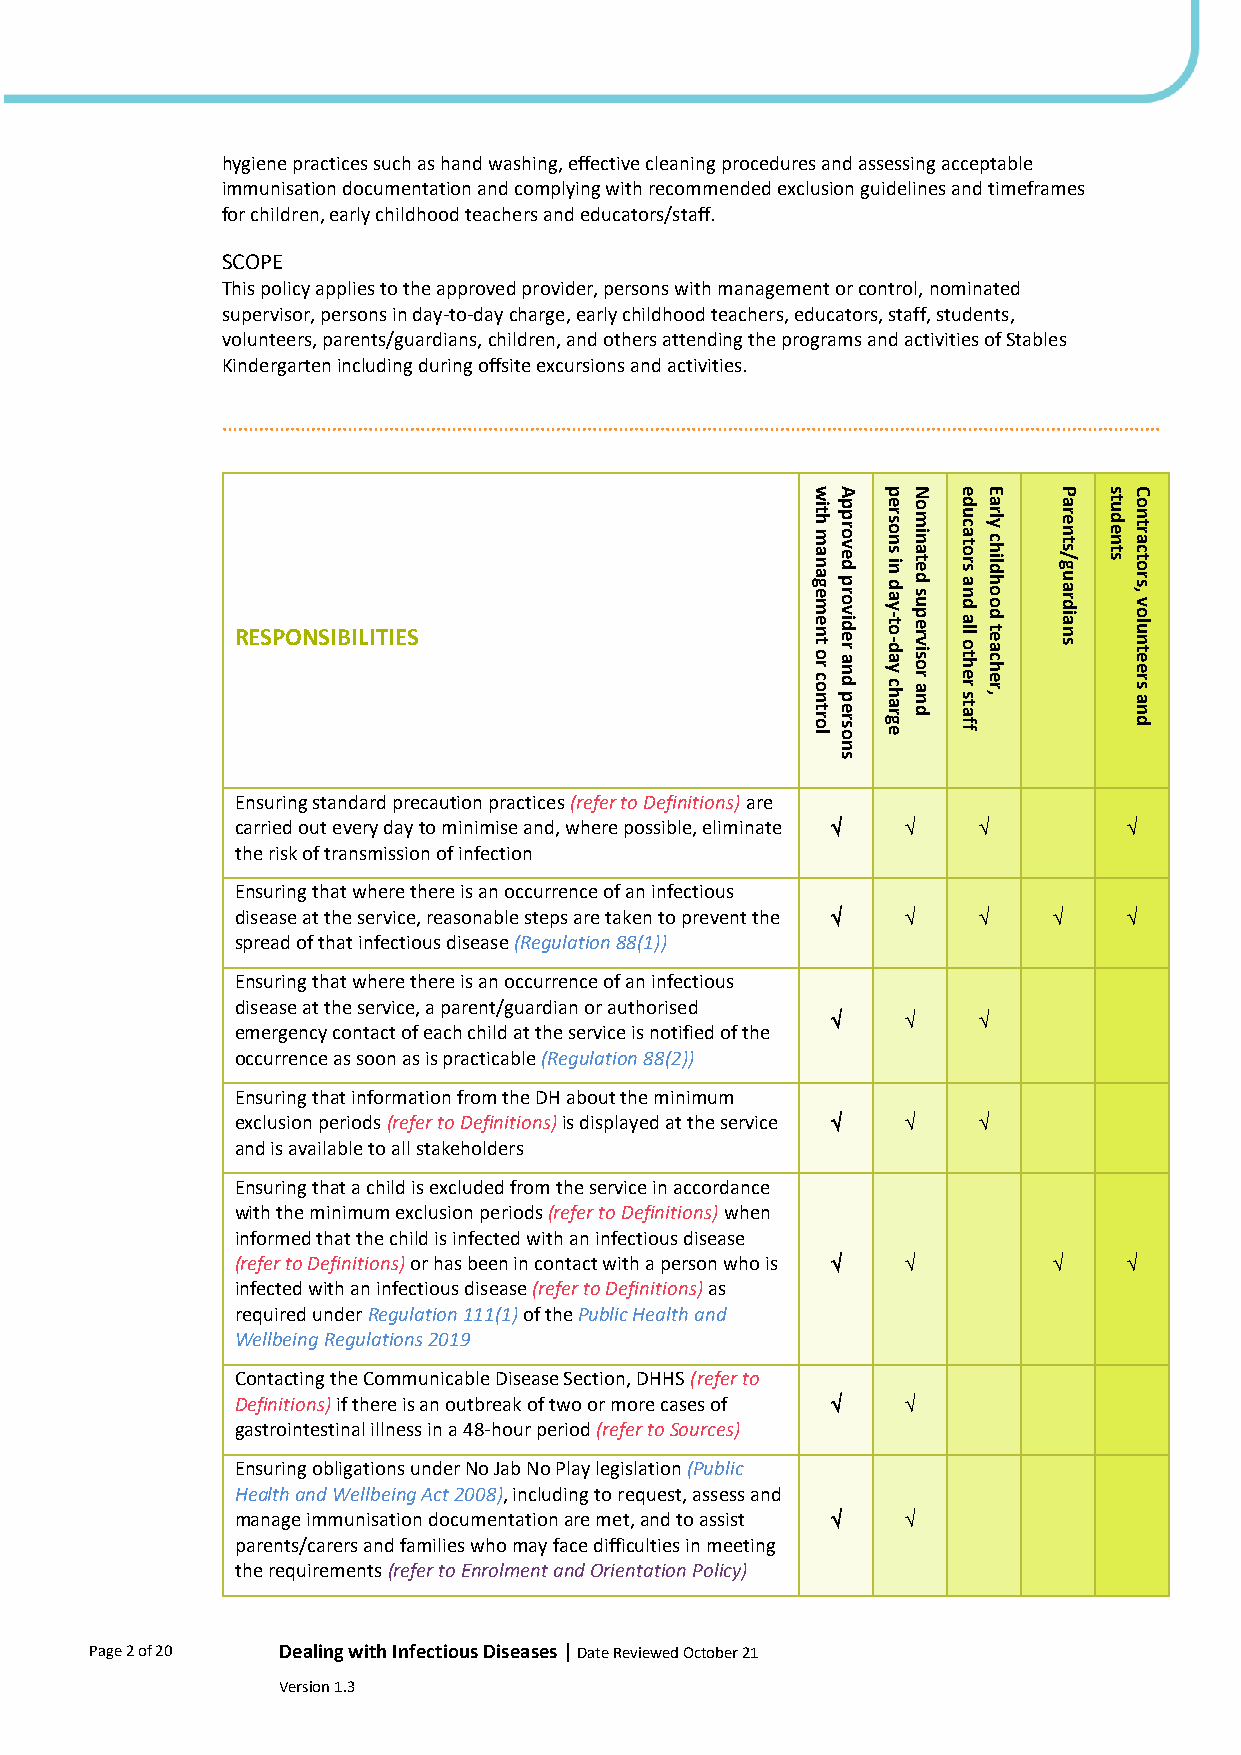
hygiene practices such as hand washing, effective cleaning procedures and assessing acceptable
 immunisation documentation and complying with recommended exclusion guidelines and timeframes
 for children, early childhood teachers and educators/staff.
 SCOPE
 This policy applies to the approved provider, persons with management or control, nominated
 supervisor, persons in day-to-day charge, early childhood teachers, educators, staff, students,
 volunteers, parents/guardians, children, and others attending the programs and activities of Stables
 Kindergarten including during offsite excursions and activities.
 wA  pN   eE     P  sC
 RESPONSIBILITIES                      it h m a n a g e m e n t o r c o
 n t r o
 lp p r o v e d p r o v id e r a n d
 p e r s o
 n
 -t -d oe a yr s co hn as
 r
 i gn
 e
 d a ys uo pm e rin va ist oe rd a
 n d
 d u c a t o r s a n d a ll o t h e r
 s t a f
 fa r ly c h ild h o o d t e a c h e r
 ,
 a r e n t s / g u a r d ia n s t u d e n t so n t r a c t o r s , v o lu n t e e r s
 a n d
 s
 Ensuring standard precaution practices (refer to Definitions) are
 carried out every day to minimise and, where possible, eliminate    
 the risk of transmission of infection
 Ensuring that where there is an occurrence of an infectious
 disease at the service, reasonable steps are taken to prevent the     
 spread of that infectious disease (Regulation 88(1))
 Ensuring that where there is an occurrence of an infectious
 disease at the service, a parent/guardian or authorised
         
 emergency contact of each child at the service is notified of the
 occurrence as soon as is practicable (Regulation 88(2))
 Ensuring that information from the DH about the minimum
 exclusion periods (refer to Definitions) is displayed at the service   
 and is available to all stakeholders
 Ensuring that a child is excluded from the service in accordance
 with the minimum exclusion periods (refer to Definitions) when
 informed that the child is infected with an infectious disease
 (refer to Definitions) or has been in contact with a person who is    
 infected with an infectious disease (refer to Definitions) as
 required under Regulation 111(1) of the Public Health and
 Wellbeing Regulations 2019
 Contacting the Communicable Disease Section, DHHS (refer to
 Definitions) if there is an outbreak of two or more cases of  
 gastrointestinal illness in a 48-hour period (refer to Sources)
 Ensuring obligations under No Jab No Play legislation (Public
 Health and Wellbeing Act 2008), including to request, assess and
 manage immunisation documentation are met, and to assist  
 parents/carers and families who may face difficulties in meeting
 the requirements (refer to Enrolment and Orientation Policy)
 Page 2 of 20 Dealing with Infectious Diseases | Date Reviewed October 21
 Version 1.3